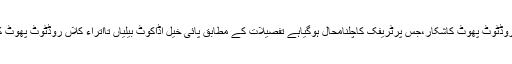
پائی خیل(نامہ نگار)پائی خیل اڈاکوٹ بیلیاں تااتراء کلاں روڈٹوٹ پھوٹ کاشکار،جس پرٹریفک کاچلنامحال ہوگیاہے تفصیلات کے مطابق پائی خیل اڈاکوٹ بیلیاں تااتراء کلاں روڈٹوٹ پھوٹ کاشکارہوکربڑے بڑے گڑھوں کی شکل اختیارکرگیاہے ۔